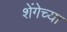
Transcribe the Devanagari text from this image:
शेंगेच्या